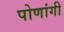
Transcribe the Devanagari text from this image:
पोणांगी